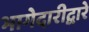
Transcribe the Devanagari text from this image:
भागेदारीद्वारे